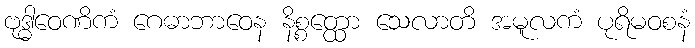
ဗုဒ္ဓါဝေဏိကံ ဂေဓာဘာဝေန နိစ္စတ္ထော သေလာတိ အမူလကံ ပုရိမဝစနံ